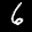
Label: 6